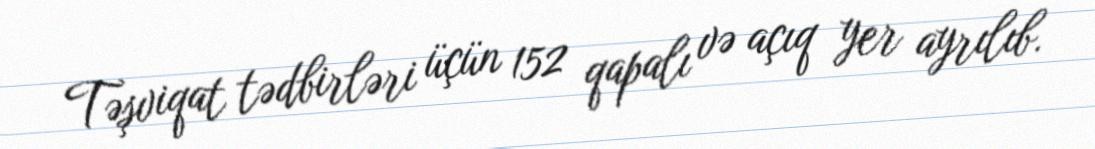
Təşviqat tədbirləri üçün 152 qapalı və açıq yer ayrılıb.